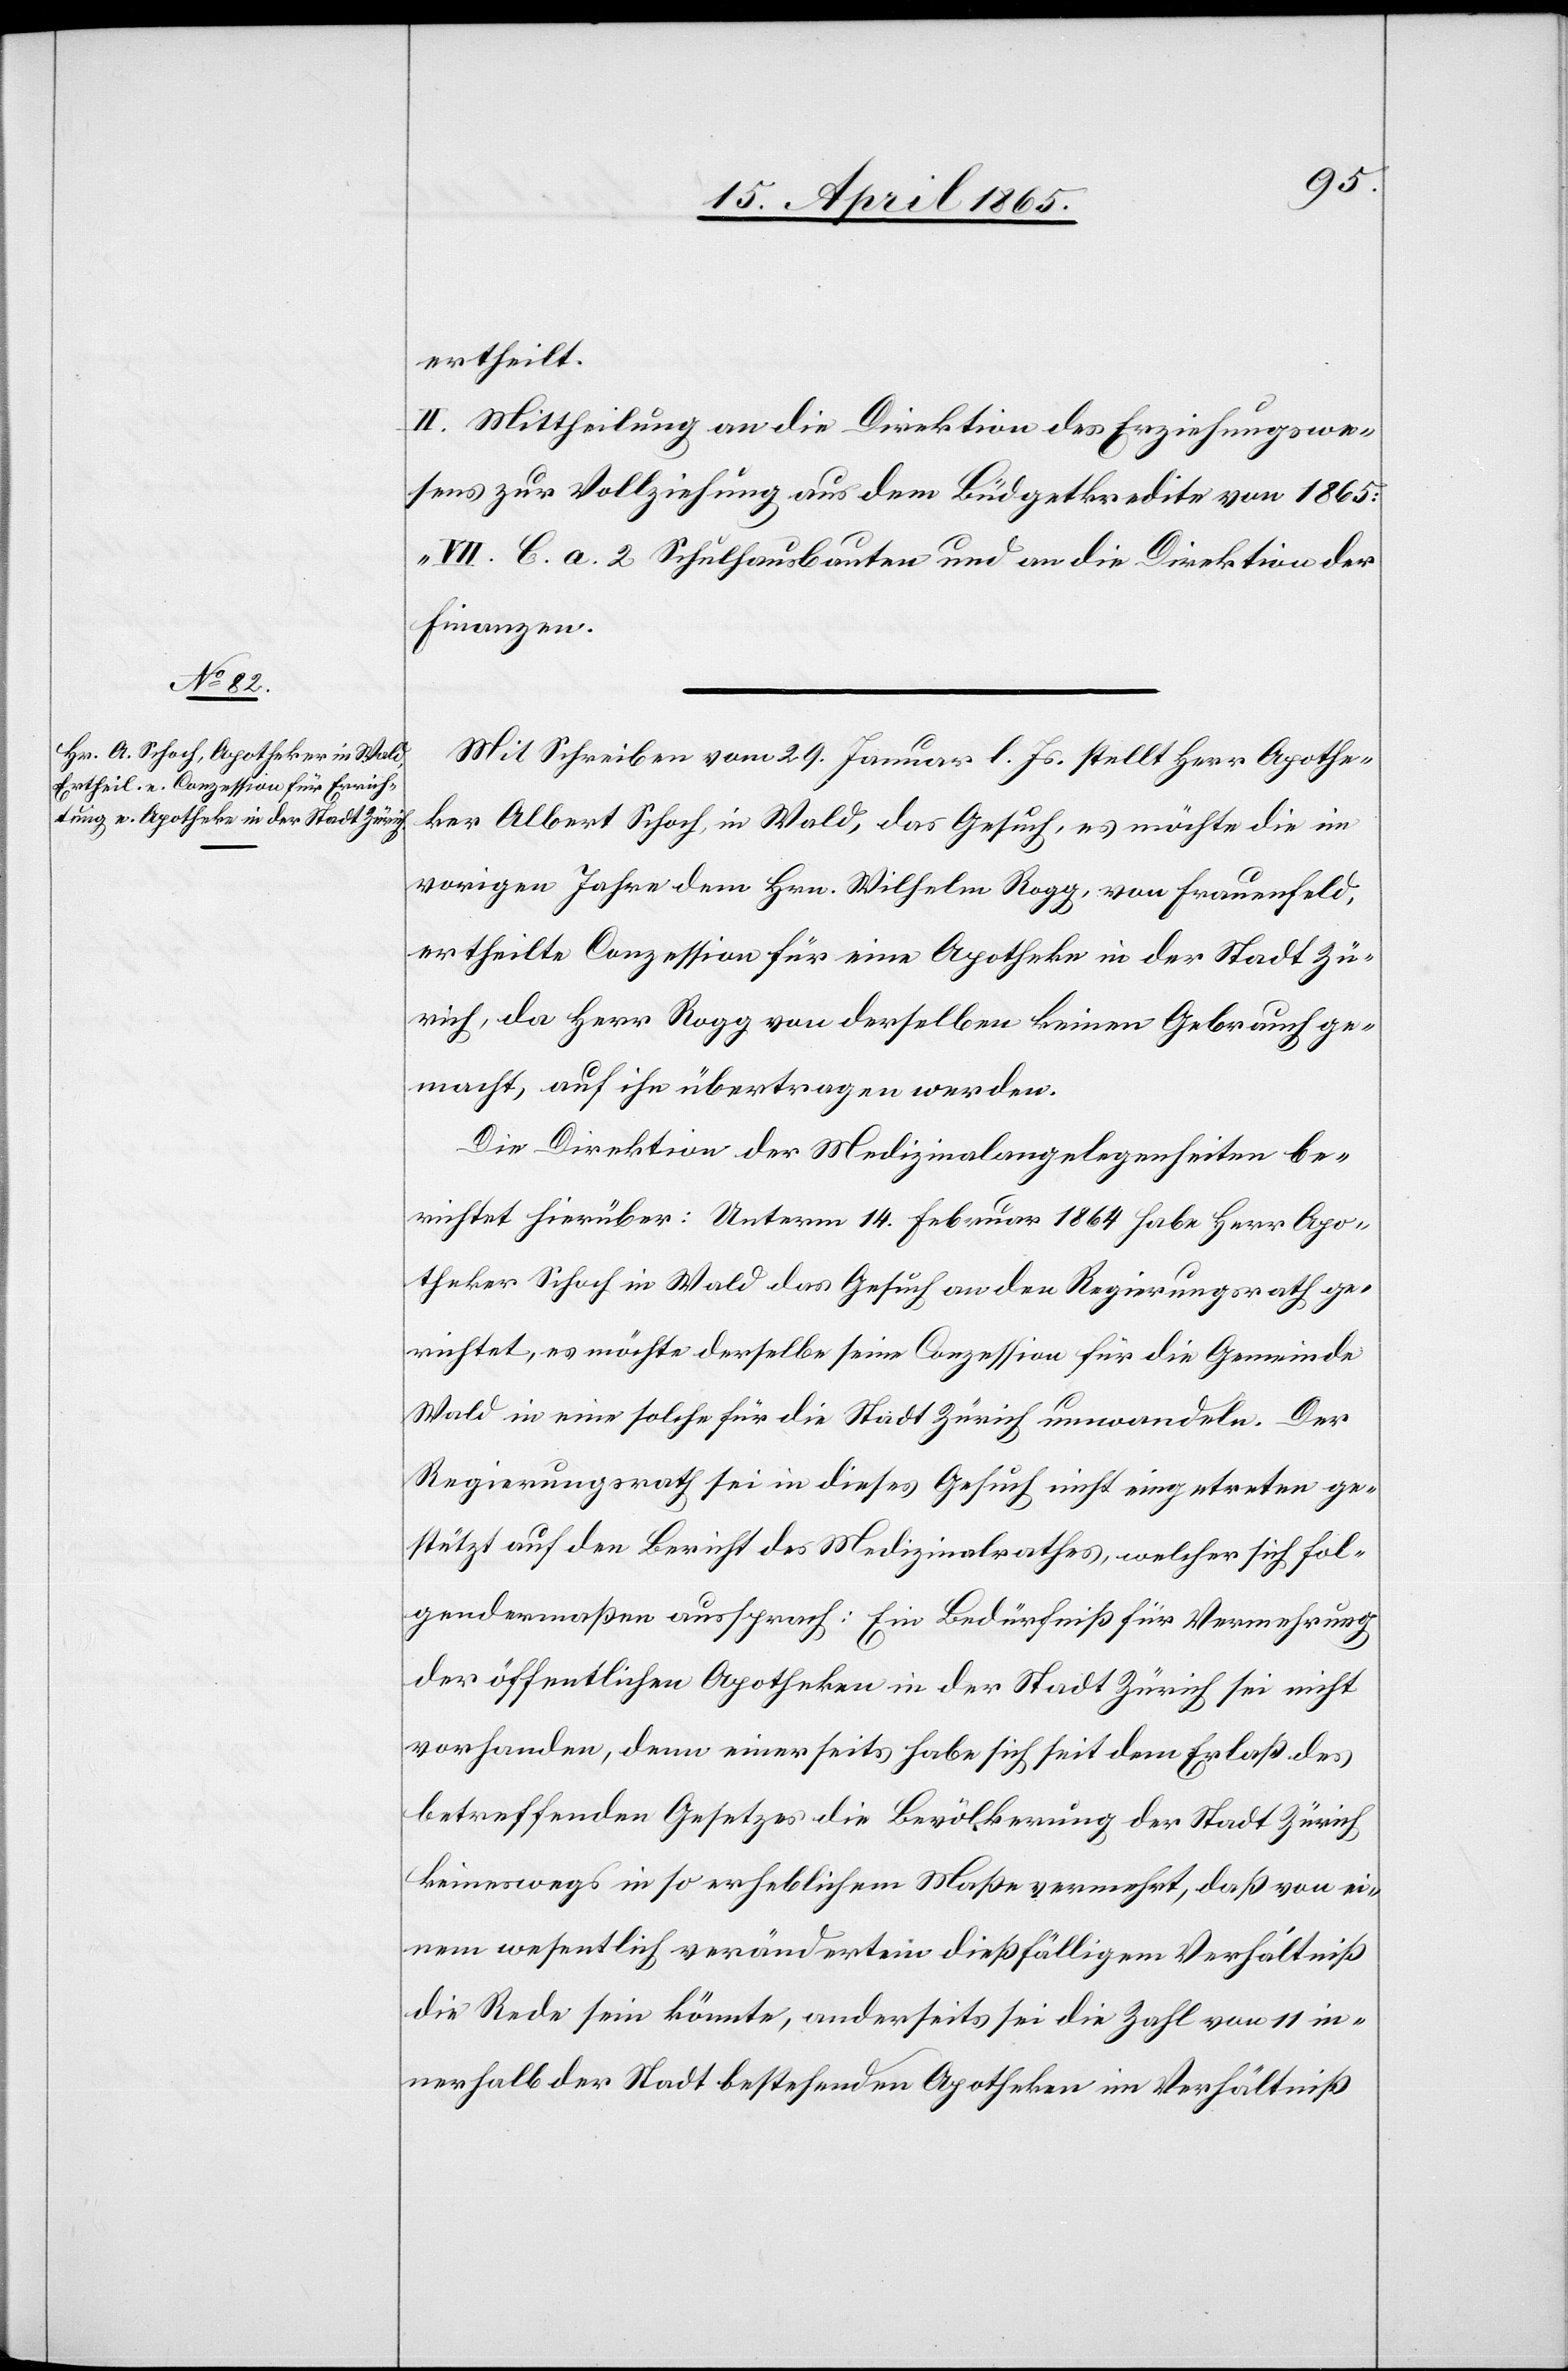
ertheilt.
II. Mittheilung an die Direktion des Erziehungswe¬
sens zur Vollziehung aus dem Büdgetkredite von 1865:
„VII. C. a. 2 Schulhausbauten[“] und an die Direktion der
Finanzen.
Mit Schreiben vom 29. Januar l. Js. stellt Herr Apothe¬
ker Albert Schoch, in Wald, das Gesuch, es möchte die im
vorigen Jahre dem Hrn. Wilhelm Rogg, von Frauenfeld,
ertheilte Conzession für eine Apotheke in der Stadt Zü¬
rich, da Herr Rogg von derselben keinen Gebrauch ge¬
macht, auf ihn übertragen werden.
Die Direktion der Medizinalangelegenheiten be¬
richtet hierüber: Unterm 14. Februar 1864 habe Herr Apo¬
theker Schoch in Wald das Gesuch an den Regierungsrath ge¬
richtet, es möchte derselbe seine Conzession für die Gemeinde
Wald in eine solche für die Stadt Zürich umwandeln. Der
Regierungsrath sei in dieses Gesuch nicht eingetreten ge¬
stützt auf den Bericht des Medizinalrathes, welcher sich fol¬
gendermaßen aussprach: Ein Bedürfniß für Vermehrung
der öffentlichen Apotheken in der Stadt Zürich sei nicht
vorhanden, denn einerseits habe sich seit dem Erlaß des
betreffenden Gesetzes die Bevölkerung der Stadt Zürich
keineswegs in so erheblichem Maße vermehrt, daß von ei¬
nem wesentlich verändertem dießfälligem Verhältniß
die Rede sein könnte, anderseits sei die Zahl von 11 in¬
nerhalb der Stadt bestehenden Apotheken im Verhältniß